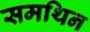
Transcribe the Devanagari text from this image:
समथिन